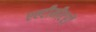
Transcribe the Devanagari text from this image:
एल्टीमीटरों